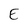
Character: E